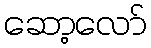
ဆော့လော်